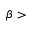
\beta >